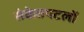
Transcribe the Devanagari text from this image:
संकेतपटलों